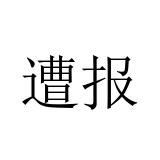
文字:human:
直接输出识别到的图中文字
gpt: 遭报